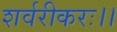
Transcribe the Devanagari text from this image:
शर्वरीकरः।।